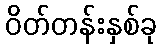
ဝိတ်တန်းနှစ်ခု